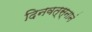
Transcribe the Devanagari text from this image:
दिनवत्स्नानं